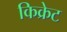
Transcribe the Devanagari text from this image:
किक्रेट